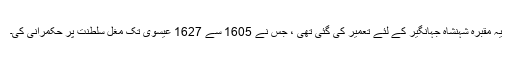
یہ مقبرہ شہنشاہ جہانگیر کے لئے تعمیر کی گئی تھی ، جس نے 1605 سے 1627 عیسوی تک مغل سلطنت پر حکمرانی کی۔